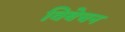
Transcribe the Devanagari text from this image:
विबेचन